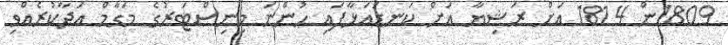
1809ން 1814 އަށް ރަޝިޔާ އަށް ކަނޑައަޅާފައި ހުންނަ މިނިސްޓަރުގެ މަގާމް އަދާކުރެއްވި